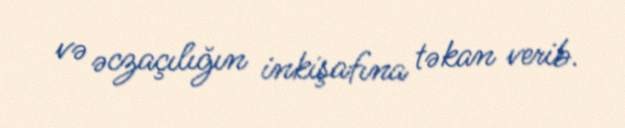
və əczaçılığın inkişafına təkan verib.